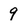
Character: 9